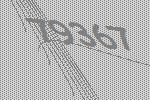
79367